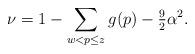
LaTeX: \begin{align*} \nu = 1- \sum_{w<p\le z}g(p) -\tfrac92 \alpha^2 .\end{align*}